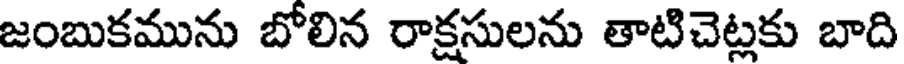
జంబుకమును బోలిన రాక్షసులను తాటిచెట్లకు బాది